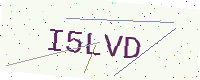
Text: I5LVD